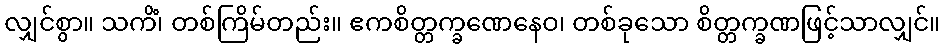
လျှင်စွာ။ သကိံ၊ တစ်ကြိမ်တည်း။ ဧကစိတ္တက္ခဏေနေဝ၊ တစ်ခုသော စိတ္တက္ခဏဖြင့်သာလျှင်။